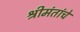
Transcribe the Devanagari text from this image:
श्रीमंतांचे